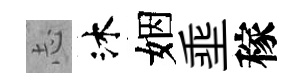
𢖽沐姻埀稼